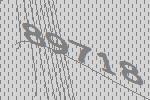
89718